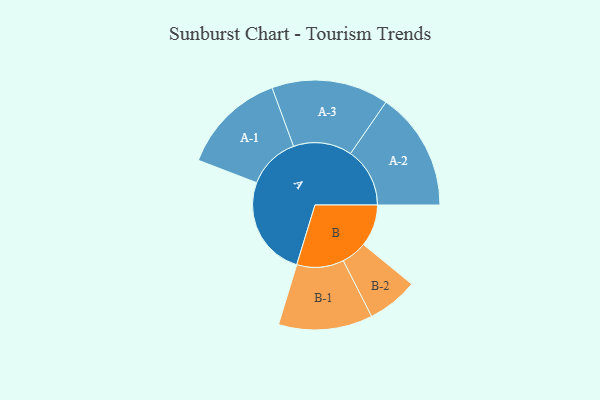
{"axis": {"x": "Segment", "y": "Value"}, "legend": ["", "A", "B"], "data": [{"x": "A", "y": 419, "type": ""}, {"x": "B", "y": 175, "type": ""}, {"x": "A-1", "y": 218, "type": "A"}, {"x": "A-2", "y": 247, "type": "A"}, {"x": "A-3", "y": 244, "type": "A"}, {"x": "B-1", "y": 196, "type": "B"}, {"x": "B-2", "y": 106, "type": "B"}]}